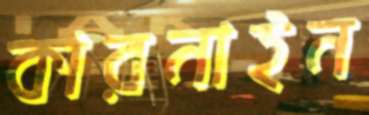
কারনাইন